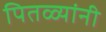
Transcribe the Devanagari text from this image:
पितळ्यांनी